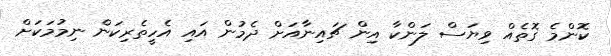
ކޮންމެ ގޮތެއް ވިޔަސް ލަންކާ އިން ޗައިނާއަށް ދެމުން އައި އެހީތެރިކަން ނިމުމަކަށް